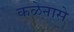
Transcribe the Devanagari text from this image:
कळेनासे